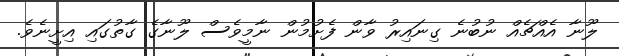
ލޫނާ އެއްޗެއް ނުބުނެ ގިނައިރު ވާން ފެށުމުން ނާމީވެސް ލޫނާގެ ގާތުގައި އިށީނެވެ.